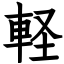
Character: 軽